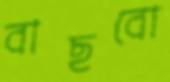
বাছবো